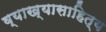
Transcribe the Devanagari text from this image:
व्याख्यासाहित्य